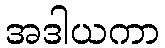
အဒါယကာ